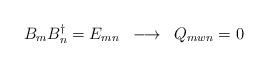
LaTeX: \begin{align*}B_{m}B_{n}^{\dagger} = E_{mn}\;\; \longrightarrow \;\;Q_{mwn} = 0\end{align*}